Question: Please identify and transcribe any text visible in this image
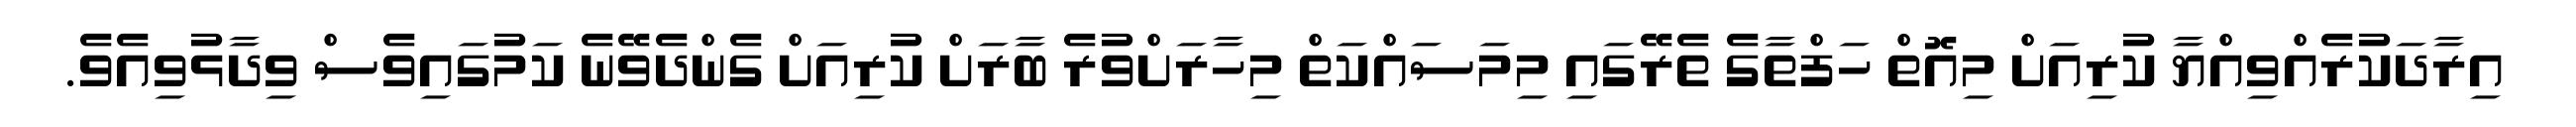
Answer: އިރާދަކުރެއްވިއްޔާ ކުރިއަށް މިއޮތް ހަފްތާގެ ތެރޭގައި މިމަސައްކަތް މިހާރަށްވުރެ ބާރަށް ކުރިއަށް ގެންދެވޭނެ ކަމުގައިވެސް ވިދާޅުވިއެވެ.